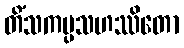
တိံသကပ္ပသဟဿိတော